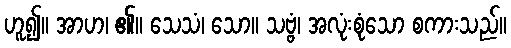
ဟူ၍။ အာဟ၊ ၏။ သေသံ၊ သော။ သဗ္ဗံ၊ အလုံးစုံသော စကားသည်။